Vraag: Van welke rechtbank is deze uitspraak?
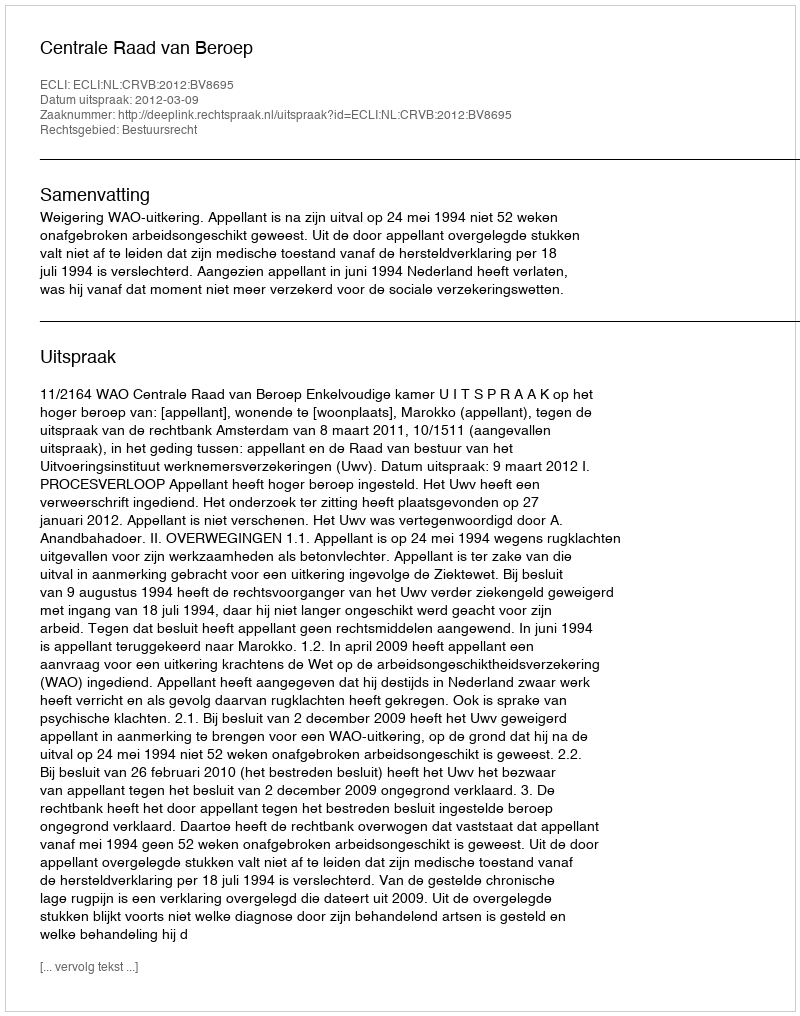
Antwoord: Centrale Raad van Beroep